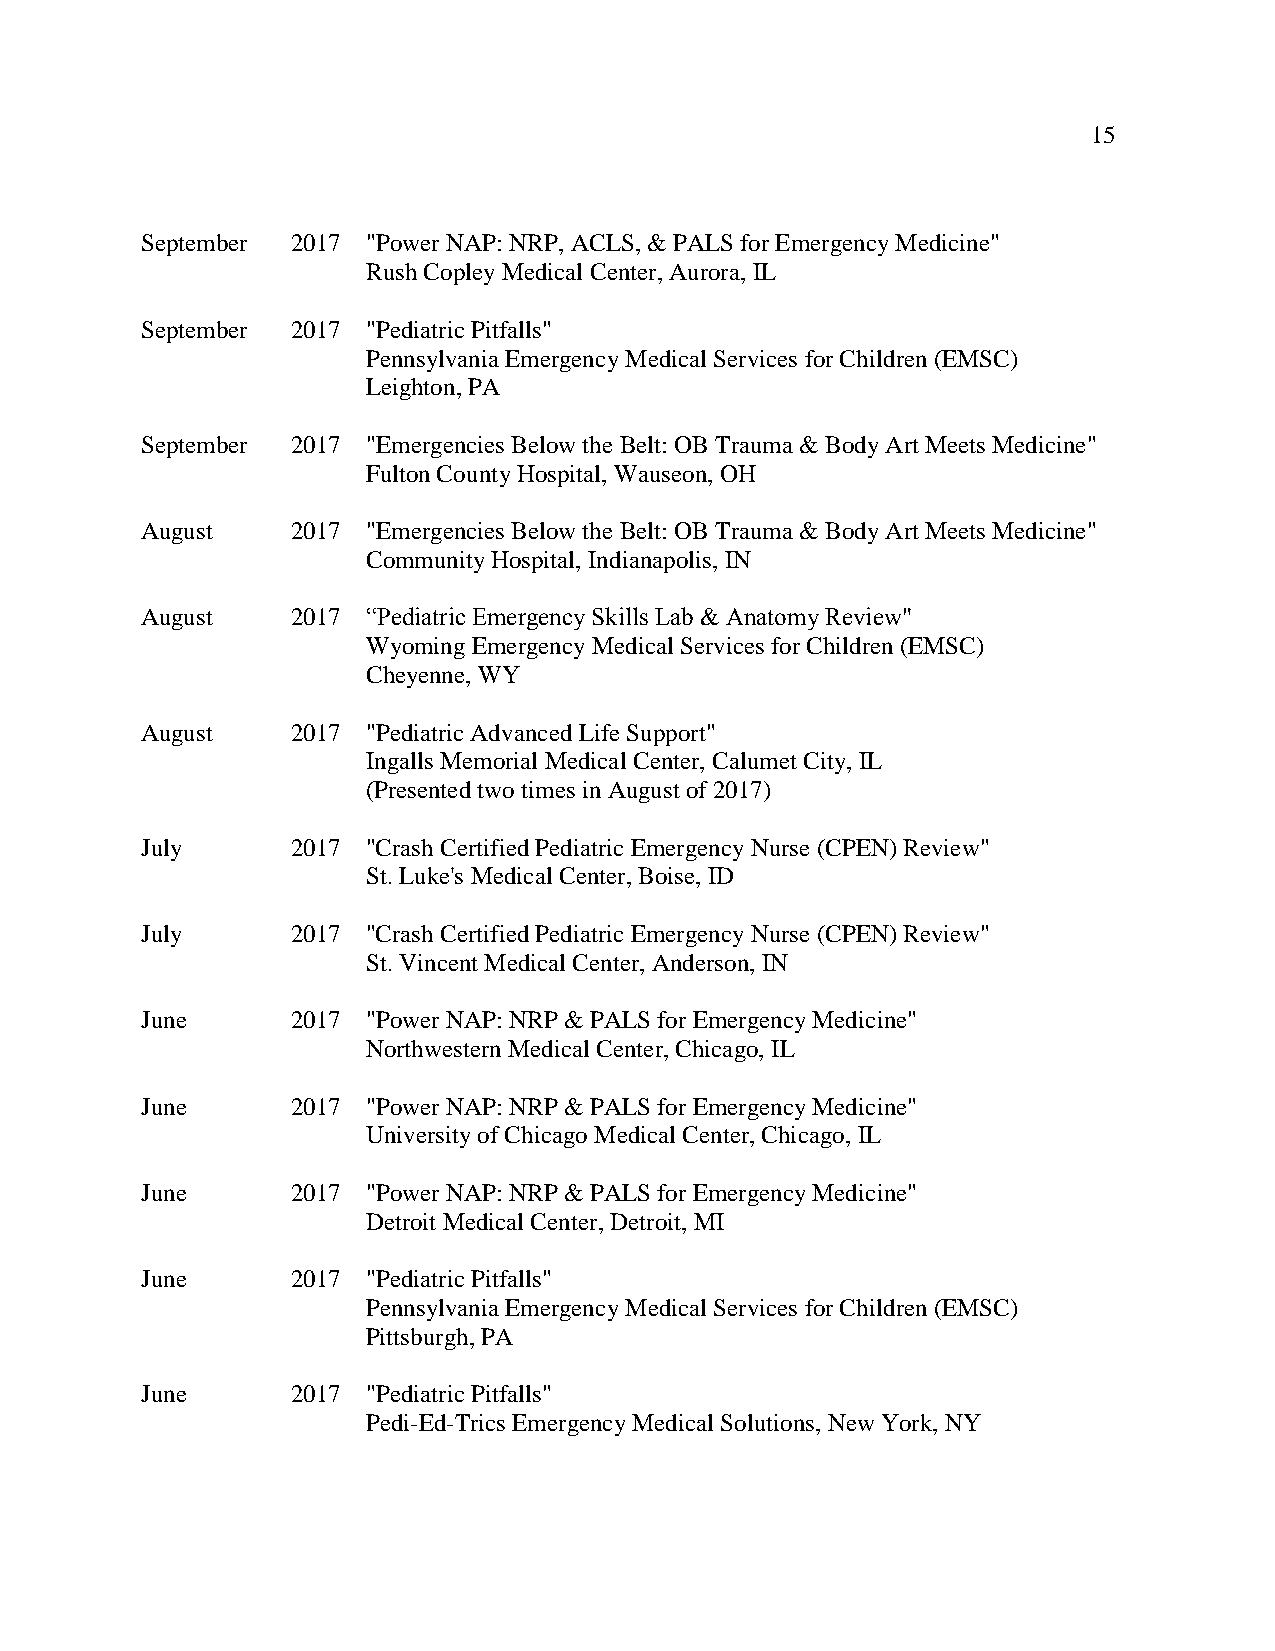
15
 September 2017 "Power NAP: NRP, ACLS, & PALS for Emergency Medicine"
 Rush Copley Medical Center, Aurora, IL
 September 2017 "Pediatric Pitfalls"
 Pennsylvania Emergency Medical Services for Children (EMSC)
 Leighton, PA
 September 2017 "Emergencies Below the Belt: OB Trauma & Body Art Meets Medicine"
 Fulton County Hospital, Wauseon, OH
 August    2017 "Emergencies Below the Belt: OB Trauma & Body Art Meets Medicine"
 Community Hospital, Indianapolis, IN
 August    2017 “Pediatric Emergency Skills Lab & Anatomy Review"
 Wyoming Emergency Medical Services for Children (EMSC)
 Cheyenne, WY
 August    2017 "Pediatric Advanced Life Support"
 Ingalls Memorial Medical Center, Calumet City, IL
 (Presented two times in August of 2017)
 July      2017 "Crash Certified Pediatric Emergency Nurse (CPEN) Review"
 St. Luke's Medical Center, Boise, ID
 July      2017 "Crash Certified Pediatric Emergency Nurse (CPEN) Review"
 St. Vincent Medical Center, Anderson, IN
 June      2017 "Power NAP: NRP & PALS for Emergency Medicine"
 Northwestern Medical Center, Chicago, IL
 June      2017 "Power NAP: NRP & PALS for Emergency Medicine"
 University of Chicago Medical Center, Chicago, IL
 June      2017 "Power NAP: NRP & PALS for Emergency Medicine"
 Detroit Medical Center, Detroit, MI
 June      2017 "Pediatric Pitfalls"
 Pennsylvania Emergency Medical Services for Children (EMSC)
 Pittsburgh, PA
 June      2017 "Pediatric Pitfalls"
 Pedi-Ed-Trics Emergency Medical Solutions, New York, NY